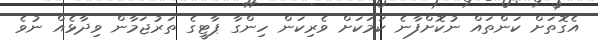
އެގޮތަށް ކަންތައް ނުކޮށްފާނެ ކަމަކަށް ވެރިކަން ހިންގާ ޕާޓީގެ ތަރުޖަމާން ވިދާޅެއް ނުވެ